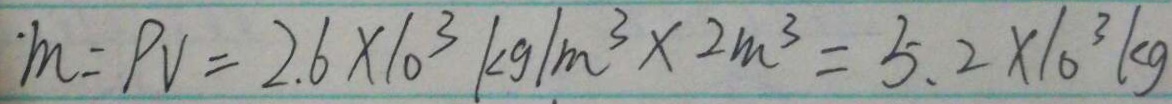
m = p v = 2 . 6 \times 1 0 ^ { 3 } k g / m ^ { 3 } \times 2 m ^ { 3 } = 5 . 2 \times 1 0 ^ { 3 } k g